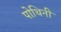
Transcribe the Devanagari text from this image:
पोथिनी